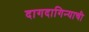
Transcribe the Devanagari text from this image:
दागदागिन्याची